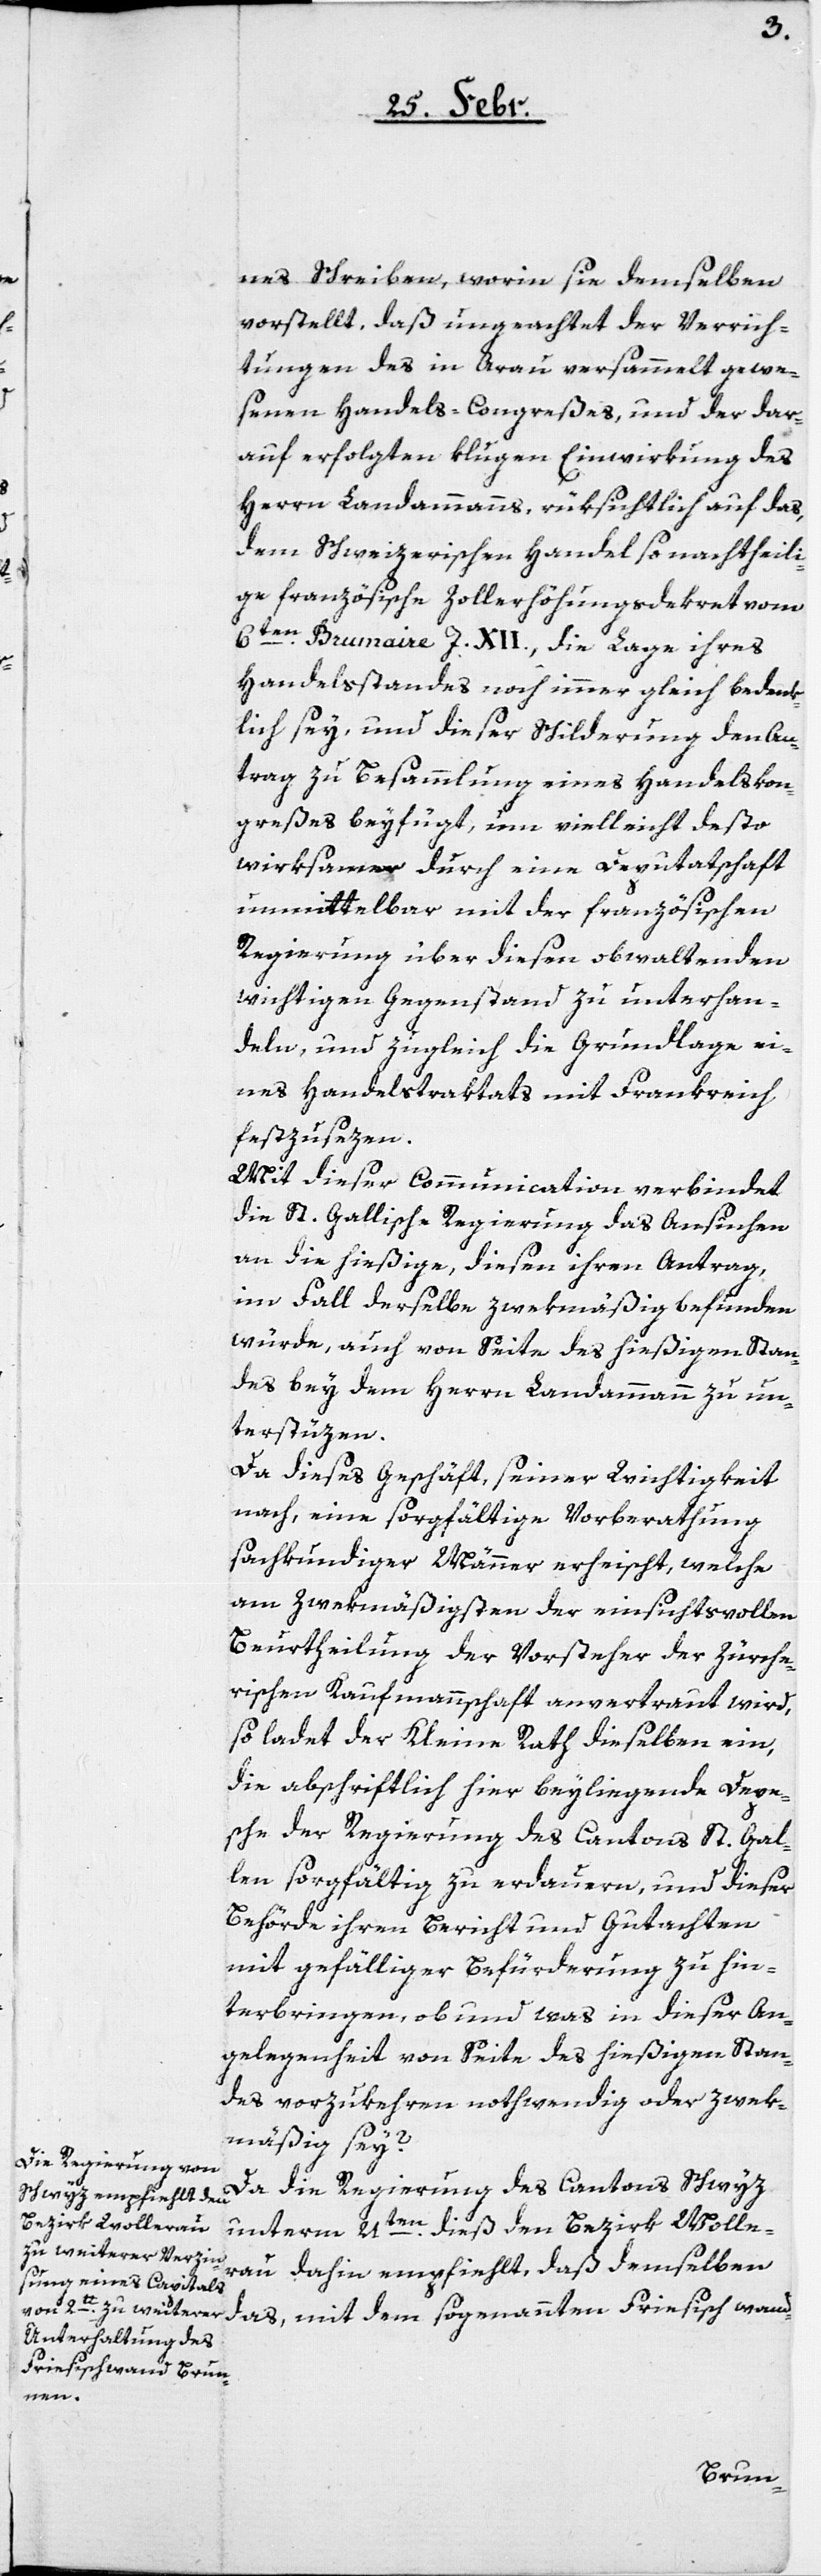
nes Schreiben, worin sie demselben
vorstellt, daß ungeachtet der Verrich¬
tungen des in Arau versammelt gewe¬
senen Handels-Congreßes und der dar¬
auf erfolgten klugen Einwirkung des
Herrn Landammanns, rüksichtlich auf das,
dem Schweizerischen Handel so nachtheili¬
ge französische Zollerhöhungsdekret vom
6ten brumaire J. XII., die Lage ihres
Handelsstandes noch immer gleich bedenk¬
lich sey, und dieser Schilderung den An¬
trag zu Besammlung eines Handelskon¬
greßes beyfügt, um vielleicht desto
wirksamer durch eine Deputatschaft
unmittelbar mit der französischen
Regierung über diesen obwaltenden
wichtigen Gegenstand zu unterhan¬
deln, und zugleich die Grundlage ei¬
nes Handelstraktats mit Frankreich
festzusezen.
Mit dieser Communication verbindet
die St. Gallische Regierung das Ansuchen
an die hießige, diesen Antrag,
im Fall derselbe zwekmäßig befunden
würde, auch von Seite des hießigen Stan¬
des bey dem Herrn Landammann zu un¬
terstüzen.
Da dieses Geschäft seiner Wichtigkeit
nach, eine sorgfältige Vorberathung
fachkundiger Männer erheischt, welche
am zwekmäßigsten der einsichtsvollen
Beurtheilung der Vorsteher der Zürche¬
rischen Kaufmannschaft anvertraut wird,
so ladet der Kleine Rath dieselben ein,
die abschriftlich hier beyliegende Depe¬
sche der Regierung des Cantons St. Gal¬
len sorgfältig zu erdauern, und dieser
Behörde ihren Bericht und Gutachten
mit gefälliger Befürderung zu hin¬
terbringen, ob und was in dieser An¬
gelegenheit von Seite des hießigen Stan¬
des vorzukehren nothwendig oder zwek¬
mäßig sey?
Da die Regierung des Cantons Schwyz
unterm 21ten dieß den Bezirk Wolle¬
rau dahin empfiehlt, daß demselben
das, mit dem sogenannten Friesischwand-